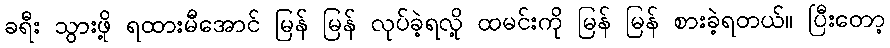
ခရီး သွားဖို့ ရထားမီအောင် မြန် မြန် လုပ်ခဲ့ရလို့ ထမင်းကို မြန် မြန် စားခဲ့ရတယ်။ ပြီးတော့